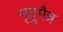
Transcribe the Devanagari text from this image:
मृदुमैत्र